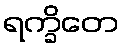
ရက္ခိတေ